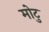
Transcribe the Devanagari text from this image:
मोटु